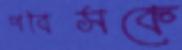
পবিসকে